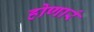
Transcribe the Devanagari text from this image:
होणारं